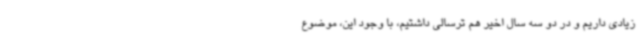
زیادی داریم و در دو سه سال اخیر هم ترسالی داشتیم، با وجود این، موضوع